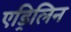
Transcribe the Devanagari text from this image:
एड्रिलिन